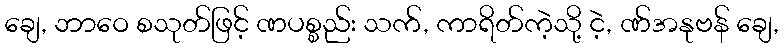
ချေ, ဘာဝေ စသုတ်ဖြင့် ဏပစ္စည်း သက်, ကာရိတ်ကဲ့သို့ ငဲ့, ဏ်အနုဗန် ချေ,